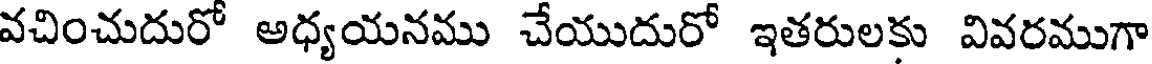
వచించుదురో అధ్యయనము చేయుదురో ఇతరులకు వివరముగా